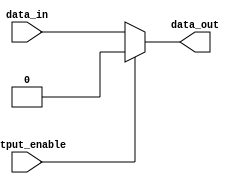
module open_drain_buffer (
    input wire data_in,
    input wire output_enable,
    output reg data_out
);

assign data_out = output_enable ? 1'b0 : data_in;

endmodule